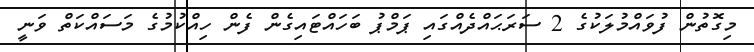
މިގޮތުން ފުވައްމުލަކުގެ 2 ސަރަޙަައްދެއްގައި ޕަމްޕު ބަހައްޓައިގެން ފެން ހިއްކުމުގެ މަސައްކަތް ވަނީ